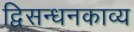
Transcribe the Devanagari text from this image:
द्विसन्धनकाव्य